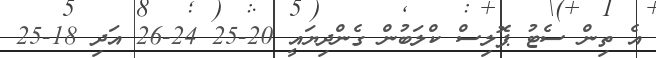
އެ ތިން ސެޓު ޕޮލިސް ކްލަބުން ގެންދިޔައީ 20-25 24-26 އަދި 18-25